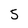
Character: 5